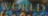
WORLD